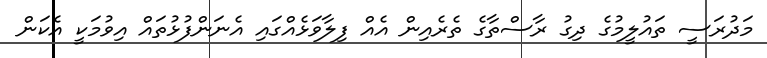
މަދުރަސީ ތައުލީމުގެ ދިގު ރާސްތާގެ ތެރެއިން އެއް ފިލާވަޅެއްގައި އެނަންފުޅުތައް އިވުމަކީ އެކަން